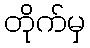
တိုက်မှ